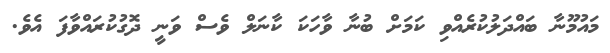
މައުމޫނާ ބައްދަލުކުރެއްވި ކަމަށް ބުނާ ވާހަކަ ކާނަލް ވެސް ވަނީ ދޮގުކުރައްވާފަ އެވެ.